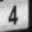
Digit: 4